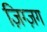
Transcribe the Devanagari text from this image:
ज़िग्ज़ग